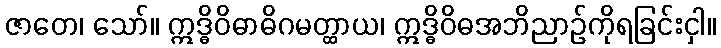
ဇာတေ၊ သော်။ ဣဒ္ဓိဝိဓာဓိဂမတ္ထာယ၊ ဣဒ္ဓိဝိဓအဘိညာဉ်ကိုရခြင်းငှါ။